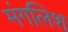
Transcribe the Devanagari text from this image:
मंगलिश